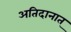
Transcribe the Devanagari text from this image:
अतिदानात्